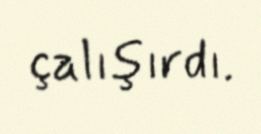
çalışırdı.